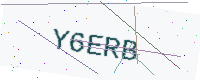
Text: Y6ERB